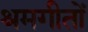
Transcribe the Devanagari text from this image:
श्रमगीतों